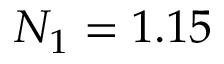
N _ { 1 } = 1 . 1 5